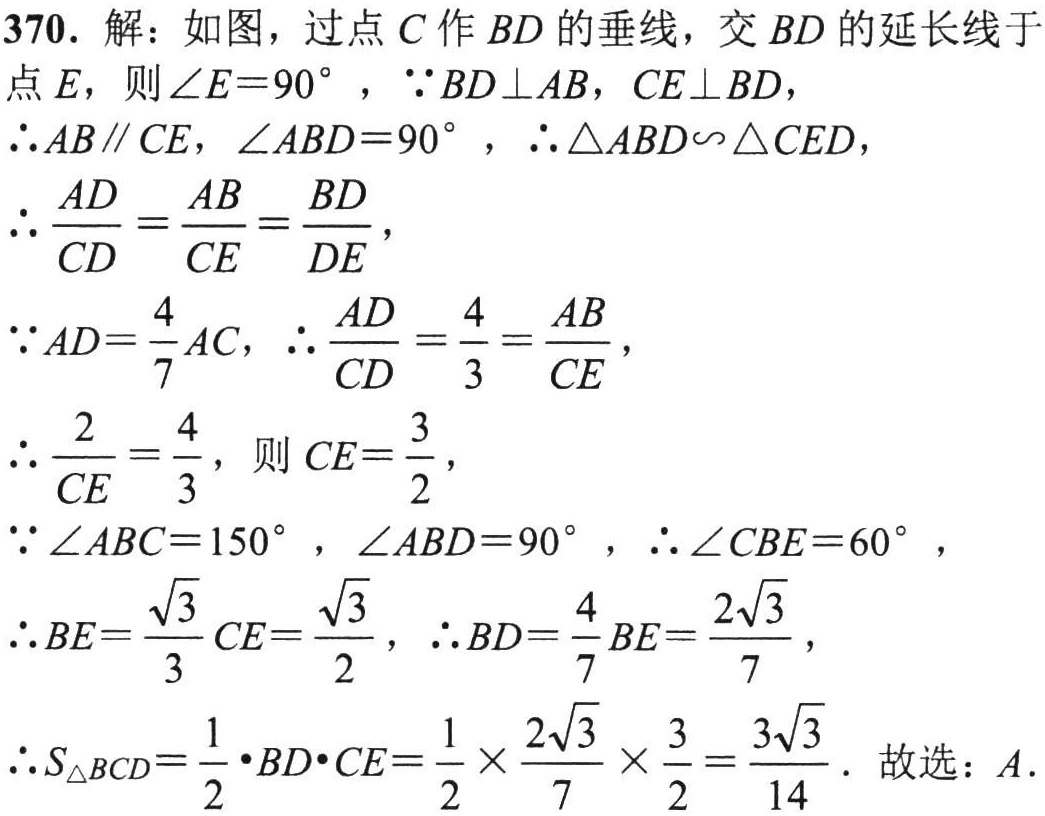
370. 解：如图，过点\(C\)作\(BD\)的垂线，交\(BD\)的延长线于
点\(E\)，则\(\angle E = 90^{\circ}\)，\(\because BD\perp AB\)，\(CE\perp BD\)，
\(\therefore AB\parallel CE\)，\(\angle ABD = 90^{\circ}\)，\(\therefore\triangle ABD\backsim\triangle CED\)，
\(\therefore\frac{AD}{CD}=\frac{AB}{CE}=\frac{BD}{DE}\)，
\(\because AD = \frac{4}{7}AC\)，\(\therefore\frac{AD}{CD}=\frac{4}{3}=\frac{AB}{CE}\)，
\(\therefore\frac{2}{CE}=\frac{4}{3}\)，则\(CE = \frac{3}{2}\)，
\(\because\angle ABC = 150^{\circ}\)，\(\angle ABD = 90^{\circ}\)，\(\therefore\angle CBE = 60^{\circ}\)，
\(\therefore BE=\frac{\sqrt{3}}{3}CE=\frac{\sqrt{3}}{2}\)，\(\therefore BD = \frac{4}{7}BE=\frac{2\sqrt{3}}{7}\)，
\(\therefore S_{\triangle BCD}=\frac{1}{2}\cdot BD\cdot CE=\frac{1}{2}\times\frac{2\sqrt{3}}{7}\times\frac{3}{2}=\frac{3\sqrt{3}}{14}\). 故选：\(A\).